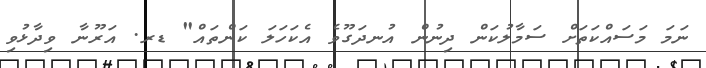
ނަމަ މަސައްކަތަށް ސަމާލުކަން ދިނުން އުނދަގޫވެ އެކަހަލަ ކަންތައް" ޑރ. އަރޫނާ ވިދާޅުވި